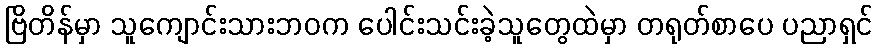
ဗြိတိန်မှာ သူကျောင်းသားဘဝက ပေါင်းသင်းခဲ့သူတွေထဲမှာ တရုတ်စာပေ ပညာရှင်